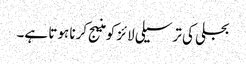
بجلی کی ترسیلی لائز کو منیج کرنا ہوتا ہے۔